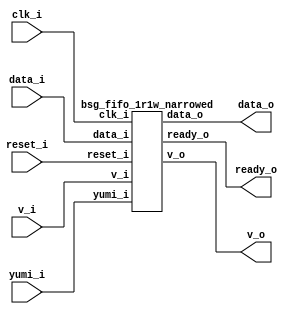
// This program was cloned from: https://github.com/chipsalliance/synlig
// License: Apache License 2.0



module top
(
  clk_i,
  reset_i,
  data_i,
  v_i,
  ready_o,
  v_o,
  data_o,
  yumi_i
);

  input [15:0] data_i;
  output [15:0] data_o;
  input clk_i;
  input reset_i;
  input v_i;
  input yumi_i;
  output ready_o;
  output v_o;

  bsg_fifo_1r1w_narrowed
  wrapper
  (
    .data_i(data_i),
    .data_o(data_o),
    .clk_i(clk_i),
    .reset_i(reset_i),
    .v_i(v_i),
    .yumi_i(yumi_i),
    .ready_o(ready_o),
    .v_o(v_o)
  );


endmodule



module bsg_circular_ptr_slots_p5_max_add_p1
(
  clk,
  reset_i,
  add_i,
  o,
  n_o
);

  input [0:0] add_i;
  output [2:0] o;
  output [2:0] n_o;
  input clk;
  input reset_i;
  wire [2:0] o,n_o,ptr_nowrap;
  wire N0,N1,N2,N3,N4,N5,N6;
  wire [3:0] ptr_wrap;
  reg o_2_sv2v_reg,o_1_sv2v_reg,o_0_sv2v_reg;
  assign o[2] = o_2_sv2v_reg;
  assign o[1] = o_1_sv2v_reg;
  assign o[0] = o_0_sv2v_reg;
  assign ptr_nowrap = o + add_i[0];
  assign { N5, N4, N3, N2 } = o - { 1'b1, 1'b0, 1'b1 };
  assign ptr_wrap = { N5, N4, N3, N2 } + add_i[0];
  assign n_o = (N0)? ptr_wrap[2:0] : 
               (N1)? ptr_nowrap : 1'b0;
  assign N0 = N6;
  assign N1 = ptr_wrap[3];
  assign N6 = ~ptr_wrap[3];

  always @(posedge clk) begin
    if(reset_i) begin
      o_2_sv2v_reg <= 1'b0;
      o_1_sv2v_reg <= 1'b0;
      o_0_sv2v_reg <= 1'b0;
    end else if(1'b1) begin
      o_2_sv2v_reg <= n_o[2];
      o_1_sv2v_reg <= n_o[1];
      o_0_sv2v_reg <= n_o[0];
    end 
  end


endmodule



module bsg_fifo_tracker_els_p5
(
  clk_i,
  reset_i,
  enq_i,
  deq_i,
  wptr_r_o,
  rptr_r_o,
  rptr_n_o,
  full_o,
  empty_o
);

  output [2:0] wptr_r_o;
  output [2:0] rptr_r_o;
  output [2:0] rptr_n_o;
  input clk_i;
  input reset_i;
  input enq_i;
  input deq_i;
  output full_o;
  output empty_o;
  wire [2:0] wptr_r_o,rptr_r_o,rptr_n_o;
  wire full_o,empty_o,enq_r,deq_r,N0,equal_ptrs,sv2v_dc_1,sv2v_dc_2,sv2v_dc_3;
  reg deq_r_sv2v_reg,enq_r_sv2v_reg;
  assign deq_r = deq_r_sv2v_reg;
  assign enq_r = enq_r_sv2v_reg;

  bsg_circular_ptr_slots_p5_max_add_p1
  rptr
  (
    .clk(clk_i),
    .reset_i(reset_i),
    .add_i(deq_i),
    .o(rptr_r_o),
    .n_o(rptr_n_o)
  );


  bsg_circular_ptr_slots_p5_max_add_p1
  wptr
  (
    .clk(clk_i),
    .reset_i(reset_i),
    .add_i(enq_i),
    .o(wptr_r_o),
    .n_o({ sv2v_dc_1, sv2v_dc_2, sv2v_dc_3 })
  );

  assign equal_ptrs = rptr_r_o == wptr_r_o;
  assign N0 = enq_i | deq_i;
  assign empty_o = equal_ptrs & deq_r;
  assign full_o = equal_ptrs & enq_r;

  always @(posedge clk_i) begin
    if(reset_i) begin
      deq_r_sv2v_reg <= 1'b1;
      enq_r_sv2v_reg <= 1'b0;
    end else if(N0) begin
      deq_r_sv2v_reg <= deq_i;
      enq_r_sv2v_reg <= enq_i;
    end 
  end


endmodule



module bsg_mem_1r1w_synth_width_p16_els_p5_read_write_same_addr_p0
(
  w_clk_i,
  w_reset_i,
  w_v_i,
  w_addr_i,
  w_data_i,
  r_v_i,
  r_addr_i,
  r_data_o
);

  input [2:0] w_addr_i;
  input [15:0] w_data_i;
  input [2:0] r_addr_i;
  output [15:0] r_data_o;
  input w_clk_i;
  input w_reset_i;
  input w_v_i;
  input r_v_i;
  wire [15:0] r_data_o;
  wire N0,N1,N2,N3,N4,N5,N6,N7,N8,N9,N10,N11,N12,N13,N14,N15,N16,N17,N18,N19,N20,N21,
  N22,N23,N24,N25,N26,N27,N28,N29,N30,N31,N32,N33,N34,N35,N36,N37,N38;
  wire [79:0] \nz.mem ;
  reg \nz.mem_79_sv2v_reg ,\nz.mem_78_sv2v_reg ,\nz.mem_77_sv2v_reg ,
  \nz.mem_76_sv2v_reg ,\nz.mem_75_sv2v_reg ,\nz.mem_74_sv2v_reg ,\nz.mem_73_sv2v_reg ,
  \nz.mem_72_sv2v_reg ,\nz.mem_71_sv2v_reg ,\nz.mem_70_sv2v_reg ,\nz.mem_69_sv2v_reg ,
  \nz.mem_68_sv2v_reg ,\nz.mem_67_sv2v_reg ,\nz.mem_66_sv2v_reg ,\nz.mem_65_sv2v_reg ,
  \nz.mem_64_sv2v_reg ,\nz.mem_63_sv2v_reg ,\nz.mem_62_sv2v_reg ,\nz.mem_61_sv2v_reg ,
  \nz.mem_60_sv2v_reg ,\nz.mem_59_sv2v_reg ,\nz.mem_58_sv2v_reg ,
  \nz.mem_57_sv2v_reg ,\nz.mem_56_sv2v_reg ,\nz.mem_55_sv2v_reg ,\nz.mem_54_sv2v_reg ,
  \nz.mem_53_sv2v_reg ,\nz.mem_52_sv2v_reg ,\nz.mem_51_sv2v_reg ,\nz.mem_50_sv2v_reg ,
  \nz.mem_49_sv2v_reg ,\nz.mem_48_sv2v_reg ,\nz.mem_47_sv2v_reg ,\nz.mem_46_sv2v_reg ,
  \nz.mem_45_sv2v_reg ,\nz.mem_44_sv2v_reg ,\nz.mem_43_sv2v_reg ,\nz.mem_42_sv2v_reg ,
  \nz.mem_41_sv2v_reg ,\nz.mem_40_sv2v_reg ,\nz.mem_39_sv2v_reg ,
  \nz.mem_38_sv2v_reg ,\nz.mem_37_sv2v_reg ,\nz.mem_36_sv2v_reg ,\nz.mem_35_sv2v_reg ,
  \nz.mem_34_sv2v_reg ,\nz.mem_33_sv2v_reg ,\nz.mem_32_sv2v_reg ,\nz.mem_31_sv2v_reg ,
  \nz.mem_30_sv2v_reg ,\nz.mem_29_sv2v_reg ,\nz.mem_28_sv2v_reg ,\nz.mem_27_sv2v_reg ,
  \nz.mem_26_sv2v_reg ,\nz.mem_25_sv2v_reg ,\nz.mem_24_sv2v_reg ,\nz.mem_23_sv2v_reg ,
  \nz.mem_22_sv2v_reg ,\nz.mem_21_sv2v_reg ,\nz.mem_20_sv2v_reg ,
  \nz.mem_19_sv2v_reg ,\nz.mem_18_sv2v_reg ,\nz.mem_17_sv2v_reg ,\nz.mem_16_sv2v_reg ,
  \nz.mem_15_sv2v_reg ,\nz.mem_14_sv2v_reg ,\nz.mem_13_sv2v_reg ,\nz.mem_12_sv2v_reg ,
  \nz.mem_11_sv2v_reg ,\nz.mem_10_sv2v_reg ,\nz.mem_9_sv2v_reg ,\nz.mem_8_sv2v_reg ,
  \nz.mem_7_sv2v_reg ,\nz.mem_6_sv2v_reg ,\nz.mem_5_sv2v_reg ,\nz.mem_4_sv2v_reg ,
  \nz.mem_3_sv2v_reg ,\nz.mem_2_sv2v_reg ,\nz.mem_1_sv2v_reg ,\nz.mem_0_sv2v_reg ;
  assign \nz.mem [79] = \nz.mem_79_sv2v_reg ;
  assign \nz.mem [78] = \nz.mem_78_sv2v_reg ;
  assign \nz.mem [77] = \nz.mem_77_sv2v_reg ;
  assign \nz.mem [76] = \nz.mem_76_sv2v_reg ;
  assign \nz.mem [75] = \nz.mem_75_sv2v_reg ;
  assign \nz.mem [74] = \nz.mem_74_sv2v_reg ;
  assign \nz.mem [73] = \nz.mem_73_sv2v_reg ;
  assign \nz.mem [72] = \nz.mem_72_sv2v_reg ;
  assign \nz.mem [71] = \nz.mem_71_sv2v_reg ;
  assign \nz.mem [70] = \nz.mem_70_sv2v_reg ;
  assign \nz.mem [69] = \nz.mem_69_sv2v_reg ;
  assign \nz.mem [68] = \nz.mem_68_sv2v_reg ;
  assign \nz.mem [67] = \nz.mem_67_sv2v_reg ;
  assign \nz.mem [66] = \nz.mem_66_sv2v_reg ;
  assign \nz.mem [65] = \nz.mem_65_sv2v_reg ;
  assign \nz.mem [64] = \nz.mem_64_sv2v_reg ;
  assign \nz.mem [63] = \nz.mem_63_sv2v_reg ;
  assign \nz.mem [62] = \nz.mem_62_sv2v_reg ;
  assign \nz.mem [61] = \nz.mem_61_sv2v_reg ;
  assign \nz.mem [60] = \nz.mem_60_sv2v_reg ;
  assign \nz.mem [59] = \nz.mem_59_sv2v_reg ;
  assign \nz.mem [58] = \nz.mem_58_sv2v_reg ;
  assign \nz.mem [57] = \nz.mem_57_sv2v_reg ;
  assign \nz.mem [56] = \nz.mem_56_sv2v_reg ;
  assign \nz.mem [55] = \nz.mem_55_sv2v_reg ;
  assign \nz.mem [54] = \nz.mem_54_sv2v_reg ;
  assign \nz.mem [53] = \nz.mem_53_sv2v_reg ;
  assign \nz.mem [52] = \nz.mem_52_sv2v_reg ;
  assign \nz.mem [51] = \nz.mem_51_sv2v_reg ;
  assign \nz.mem [50] = \nz.mem_50_sv2v_reg ;
  assign \nz.mem [49] = \nz.mem_49_sv2v_reg ;
  assign \nz.mem [48] = \nz.mem_48_sv2v_reg ;
  assign \nz.mem [47] = \nz.mem_47_sv2v_reg ;
  assign \nz.mem [46] = \nz.mem_46_sv2v_reg ;
  assign \nz.mem [45] = \nz.mem_45_sv2v_reg ;
  assign \nz.mem [44] = \nz.mem_44_sv2v_reg ;
  assign \nz.mem [43] = \nz.mem_43_sv2v_reg ;
  assign \nz.mem [42] = \nz.mem_42_sv2v_reg ;
  assign \nz.mem [41] = \nz.mem_41_sv2v_reg ;
  assign \nz.mem [40] = \nz.mem_40_sv2v_reg ;
  assign \nz.mem [39] = \nz.mem_39_sv2v_reg ;
  assign \nz.mem [38] = \nz.mem_38_sv2v_reg ;
  assign \nz.mem [37] = \nz.mem_37_sv2v_reg ;
  assign \nz.mem [36] = \nz.mem_36_sv2v_reg ;
  assign \nz.mem [35] = \nz.mem_35_sv2v_reg ;
  assign \nz.mem [34] = \nz.mem_34_sv2v_reg ;
  assign \nz.mem [33] = \nz.mem_33_sv2v_reg ;
  assign \nz.mem [32] = \nz.mem_32_sv2v_reg ;
  assign \nz.mem [31] = \nz.mem_31_sv2v_reg ;
  assign \nz.mem [30] = \nz.mem_30_sv2v_reg ;
  assign \nz.mem [29] = \nz.mem_29_sv2v_reg ;
  assign \nz.mem [28] = \nz.mem_28_sv2v_reg ;
  assign \nz.mem [27] = \nz.mem_27_sv2v_reg ;
  assign \nz.mem [26] = \nz.mem_26_sv2v_reg ;
  assign \nz.mem [25] = \nz.mem_25_sv2v_reg ;
  assign \nz.mem [24] = \nz.mem_24_sv2v_reg ;
  assign \nz.mem [23] = \nz.mem_23_sv2v_reg ;
  assign \nz.mem [22] = \nz.mem_22_sv2v_reg ;
  assign \nz.mem [21] = \nz.mem_21_sv2v_reg ;
  assign \nz.mem [20] = \nz.mem_20_sv2v_reg ;
  assign \nz.mem [19] = \nz.mem_19_sv2v_reg ;
  assign \nz.mem [18] = \nz.mem_18_sv2v_reg ;
  assign \nz.mem [17] = \nz.mem_17_sv2v_reg ;
  assign \nz.mem [16] = \nz.mem_16_sv2v_reg ;
  assign \nz.mem [15] = \nz.mem_15_sv2v_reg ;
  assign \nz.mem [14] = \nz.mem_14_sv2v_reg ;
  assign \nz.mem [13] = \nz.mem_13_sv2v_reg ;
  assign \nz.mem [12] = \nz.mem_12_sv2v_reg ;
  assign \nz.mem [11] = \nz.mem_11_sv2v_reg ;
  assign \nz.mem [10] = \nz.mem_10_sv2v_reg ;
  assign \nz.mem [9] = \nz.mem_9_sv2v_reg ;
  assign \nz.mem [8] = \nz.mem_8_sv2v_reg ;
  assign \nz.mem [7] = \nz.mem_7_sv2v_reg ;
  assign \nz.mem [6] = \nz.mem_6_sv2v_reg ;
  assign \nz.mem [5] = \nz.mem_5_sv2v_reg ;
  assign \nz.mem [4] = \nz.mem_4_sv2v_reg ;
  assign \nz.mem [3] = \nz.mem_3_sv2v_reg ;
  assign \nz.mem [2] = \nz.mem_2_sv2v_reg ;
  assign \nz.mem [1] = \nz.mem_1_sv2v_reg ;
  assign \nz.mem [0] = \nz.mem_0_sv2v_reg ;
  assign N35 = N0 & N1;
  assign N0 = ~w_addr_i[0];
  assign N1 = ~w_addr_i[1];
  assign N29 = N35 & w_addr_i[2];
  assign N36 = w_addr_i[0] & w_addr_i[1];
  assign N28 = N36 & N2;
  assign N2 = ~w_addr_i[2];
  assign N37 = N3 & w_addr_i[1];
  assign N3 = ~w_addr_i[0];
  assign N27 = N37 & N4;
  assign N4 = ~w_addr_i[2];
  assign N38 = w_addr_i[0] & N5;
  assign N5 = ~w_addr_i[1];
  assign N26 = N38 & N6;
  assign N6 = ~w_addr_i[2];
  assign N25 = N35 & N7;
  assign N7 = ~w_addr_i[2];
  assign N20 = N8 & N9 & N10;
  assign N8 = ~r_addr_i[2];
  assign N9 = ~r_addr_i[0];
  assign N10 = ~r_addr_i[1];
  assign N21 = r_addr_i[0] & N11;
  assign N11 = ~r_addr_i[1];
  assign N22 = N12 & r_addr_i[1];
  assign N12 = ~r_addr_i[0];
  assign N23 = r_addr_i[0] & r_addr_i[1];
  assign { N34, N33, N32, N31, N30 } = (N13)? { N29, N28, N27, N26, N25 } : 
                                       (N14)? { 1'b0, 1'b0, 1'b0, 1'b0, 1'b0 } : 1'b0;
  assign N13 = w_v_i;
  assign N14 = N24;
  assign r_data_o[15] = (N15)? \nz.mem [15] : 
                        (N16)? \nz.mem [31] : 
                        (N17)? \nz.mem [47] : 
                        (N18)? \nz.mem [63] : 
                        (N19)? \nz.mem [79] : 1'b0;
  assign N15 = N20;
  assign N16 = N21;
  assign N17 = N22;
  assign N18 = N23;
  assign N19 = r_addr_i[2];
  assign r_data_o[14] = (N15)? \nz.mem [14] : 
                        (N16)? \nz.mem [30] : 
                        (N17)? \nz.mem [46] : 
                        (N18)? \nz.mem [62] : 
                        (N19)? \nz.mem [78] : 1'b0;
  assign r_data_o[13] = (N15)? \nz.mem [13] : 
                        (N16)? \nz.mem [29] : 
                        (N17)? \nz.mem [45] : 
                        (N18)? \nz.mem [61] : 
                        (N19)? \nz.mem [77] : 1'b0;
  assign r_data_o[12] = (N15)? \nz.mem [12] : 
                        (N16)? \nz.mem [28] : 
                        (N17)? \nz.mem [44] : 
                        (N18)? \nz.mem [60] : 
                        (N19)? \nz.mem [76] : 1'b0;
  assign r_data_o[11] = (N15)? \nz.mem [11] : 
                        (N16)? \nz.mem [27] : 
                        (N17)? \nz.mem [43] : 
                        (N18)? \nz.mem [59] : 
                        (N19)? \nz.mem [75] : 1'b0;
  assign r_data_o[10] = (N15)? \nz.mem [10] : 
                        (N16)? \nz.mem [26] : 
                        (N17)? \nz.mem [42] : 
                        (N18)? \nz.mem [58] : 
                        (N19)? \nz.mem [74] : 1'b0;
  assign r_data_o[9] = (N15)? \nz.mem [9] : 
                       (N16)? \nz.mem [25] : 
                       (N17)? \nz.mem [41] : 
                       (N18)? \nz.mem [57] : 
                       (N19)? \nz.mem [73] : 1'b0;
  assign r_data_o[8] = (N15)? \nz.mem [8] : 
                       (N16)? \nz.mem [24] : 
                       (N17)? \nz.mem [40] : 
                       (N18)? \nz.mem [56] : 
                       (N19)? \nz.mem [72] : 1'b0;
  assign r_data_o[7] = (N15)? \nz.mem [7] : 
                       (N16)? \nz.mem [23] : 
                       (N17)? \nz.mem [39] : 
                       (N18)? \nz.mem [55] : 
                       (N19)? \nz.mem [71] : 1'b0;
  assign r_data_o[6] = (N15)? \nz.mem [6] : 
                       (N16)? \nz.mem [22] : 
                       (N17)? \nz.mem [38] : 
                       (N18)? \nz.mem [54] : 
                       (N19)? \nz.mem [70] : 1'b0;
  assign r_data_o[5] = (N15)? \nz.mem [5] : 
                       (N16)? \nz.mem [21] : 
                       (N17)? \nz.mem [37] : 
                       (N18)? \nz.mem [53] : 
                       (N19)? \nz.mem [69] : 1'b0;
  assign r_data_o[4] = (N15)? \nz.mem [4] : 
                       (N16)? \nz.mem [20] : 
                       (N17)? \nz.mem [36] : 
                       (N18)? \nz.mem [52] : 
                       (N19)? \nz.mem [68] : 1'b0;
  assign r_data_o[3] = (N15)? \nz.mem [3] : 
                       (N16)? \nz.mem [19] : 
                       (N17)? \nz.mem [35] : 
                       (N18)? \nz.mem [51] : 
                       (N19)? \nz.mem [67] : 1'b0;
  assign r_data_o[2] = (N15)? \nz.mem [2] : 
                       (N16)? \nz.mem [18] : 
                       (N17)? \nz.mem [34] : 
                       (N18)? \nz.mem [50] : 
                       (N19)? \nz.mem [66] : 1'b0;
  assign r_data_o[1] = (N15)? \nz.mem [1] : 
                       (N16)? \nz.mem [17] : 
                       (N17)? \nz.mem [33] : 
                       (N18)? \nz.mem [49] : 
                       (N19)? \nz.mem [65] : 1'b0;
  assign r_data_o[0] = (N15)? \nz.mem [0] : 
                       (N16)? \nz.mem [16] : 
                       (N17)? \nz.mem [32] : 
                       (N18)? \nz.mem [48] : 
                       (N19)? \nz.mem [64] : 1'b0;
  assign N24 = ~w_v_i;

  always @(posedge w_clk_i) begin
    if(N34) begin
      \nz.mem_79_sv2v_reg  <= w_data_i[15];
      \nz.mem_78_sv2v_reg  <= w_data_i[14];
      \nz.mem_77_sv2v_reg  <= w_data_i[13];
      \nz.mem_76_sv2v_reg  <= w_data_i[12];
      \nz.mem_75_sv2v_reg  <= w_data_i[11];
      \nz.mem_74_sv2v_reg  <= w_data_i[10];
      \nz.mem_73_sv2v_reg  <= w_data_i[9];
      \nz.mem_72_sv2v_reg  <= w_data_i[8];
      \nz.mem_71_sv2v_reg  <= w_data_i[7];
      \nz.mem_70_sv2v_reg  <= w_data_i[6];
      \nz.mem_69_sv2v_reg  <= w_data_i[5];
      \nz.mem_68_sv2v_reg  <= w_data_i[4];
      \nz.mem_67_sv2v_reg  <= w_data_i[3];
      \nz.mem_66_sv2v_reg  <= w_data_i[2];
      \nz.mem_65_sv2v_reg  <= w_data_i[1];
      \nz.mem_64_sv2v_reg  <= w_data_i[0];
    end 
    if(N33) begin
      \nz.mem_63_sv2v_reg  <= w_data_i[15];
      \nz.mem_62_sv2v_reg  <= w_data_i[14];
      \nz.mem_61_sv2v_reg  <= w_data_i[13];
      \nz.mem_60_sv2v_reg  <= w_data_i[12];
      \nz.mem_59_sv2v_reg  <= w_data_i[11];
      \nz.mem_58_sv2v_reg  <= w_data_i[10];
      \nz.mem_57_sv2v_reg  <= w_data_i[9];
      \nz.mem_56_sv2v_reg  <= w_data_i[8];
      \nz.mem_55_sv2v_reg  <= w_data_i[7];
      \nz.mem_54_sv2v_reg  <= w_data_i[6];
      \nz.mem_53_sv2v_reg  <= w_data_i[5];
      \nz.mem_52_sv2v_reg  <= w_data_i[4];
      \nz.mem_51_sv2v_reg  <= w_data_i[3];
      \nz.mem_50_sv2v_reg  <= w_data_i[2];
      \nz.mem_49_sv2v_reg  <= w_data_i[1];
      \nz.mem_48_sv2v_reg  <= w_data_i[0];
    end 
    if(N32) begin
      \nz.mem_47_sv2v_reg  <= w_data_i[15];
      \nz.mem_46_sv2v_reg  <= w_data_i[14];
      \nz.mem_45_sv2v_reg  <= w_data_i[13];
      \nz.mem_44_sv2v_reg  <= w_data_i[12];
      \nz.mem_43_sv2v_reg  <= w_data_i[11];
      \nz.mem_42_sv2v_reg  <= w_data_i[10];
      \nz.mem_41_sv2v_reg  <= w_data_i[9];
      \nz.mem_40_sv2v_reg  <= w_data_i[8];
      \nz.mem_39_sv2v_reg  <= w_data_i[7];
      \nz.mem_38_sv2v_reg  <= w_data_i[6];
      \nz.mem_37_sv2v_reg  <= w_data_i[5];
      \nz.mem_36_sv2v_reg  <= w_data_i[4];
      \nz.mem_35_sv2v_reg  <= w_data_i[3];
      \nz.mem_34_sv2v_reg  <= w_data_i[2];
      \nz.mem_33_sv2v_reg  <= w_data_i[1];
      \nz.mem_32_sv2v_reg  <= w_data_i[0];
    end 
    if(N31) begin
      \nz.mem_31_sv2v_reg  <= w_data_i[15];
      \nz.mem_30_sv2v_reg  <= w_data_i[14];
      \nz.mem_29_sv2v_reg  <= w_data_i[13];
      \nz.mem_28_sv2v_reg  <= w_data_i[12];
      \nz.mem_27_sv2v_reg  <= w_data_i[11];
      \nz.mem_26_sv2v_reg  <= w_data_i[10];
      \nz.mem_25_sv2v_reg  <= w_data_i[9];
      \nz.mem_24_sv2v_reg  <= w_data_i[8];
      \nz.mem_23_sv2v_reg  <= w_data_i[7];
      \nz.mem_22_sv2v_reg  <= w_data_i[6];
      \nz.mem_21_sv2v_reg  <= w_data_i[5];
      \nz.mem_20_sv2v_reg  <= w_data_i[4];
      \nz.mem_19_sv2v_reg  <= w_data_i[3];
      \nz.mem_18_sv2v_reg  <= w_data_i[2];
      \nz.mem_17_sv2v_reg  <= w_data_i[1];
      \nz.mem_16_sv2v_reg  <= w_data_i[0];
    end 
    if(N30) begin
      \nz.mem_15_sv2v_reg  <= w_data_i[15];
      \nz.mem_14_sv2v_reg  <= w_data_i[14];
      \nz.mem_13_sv2v_reg  <= w_data_i[13];
      \nz.mem_12_sv2v_reg  <= w_data_i[12];
      \nz.mem_11_sv2v_reg  <= w_data_i[11];
      \nz.mem_10_sv2v_reg  <= w_data_i[10];
      \nz.mem_9_sv2v_reg  <= w_data_i[9];
      \nz.mem_8_sv2v_reg  <= w_data_i[8];
      \nz.mem_7_sv2v_reg  <= w_data_i[7];
      \nz.mem_6_sv2v_reg  <= w_data_i[6];
      \nz.mem_5_sv2v_reg  <= w_data_i[5];
      \nz.mem_4_sv2v_reg  <= w_data_i[4];
      \nz.mem_3_sv2v_reg  <= w_data_i[3];
      \nz.mem_2_sv2v_reg  <= w_data_i[2];
      \nz.mem_1_sv2v_reg  <= w_data_i[1];
      \nz.mem_0_sv2v_reg  <= w_data_i[0];
    end 
  end


endmodule



module bsg_mem_1r1w_width_p16_els_p5_read_write_same_addr_p0
(
  w_clk_i,
  w_reset_i,
  w_v_i,
  w_addr_i,
  w_data_i,
  r_v_i,
  r_addr_i,
  r_data_o
);

  input [2:0] w_addr_i;
  input [15:0] w_data_i;
  input [2:0] r_addr_i;
  output [15:0] r_data_o;
  input w_clk_i;
  input w_reset_i;
  input w_v_i;
  input r_v_i;
  wire [15:0] r_data_o;

  bsg_mem_1r1w_synth_width_p16_els_p5_read_write_same_addr_p0
  synth
  (
    .w_clk_i(w_clk_i),
    .w_reset_i(w_reset_i),
    .w_v_i(w_v_i),
    .w_addr_i(w_addr_i),
    .w_data_i(w_data_i),
    .r_v_i(r_v_i),
    .r_addr_i(r_addr_i),
    .r_data_o(r_data_o)
  );


endmodule



module bsg_fifo_1r1w_small_unhardened_width_p16_els_p5_ready_THEN_valid_p0
(
  clk_i,
  reset_i,
  v_i,
  ready_o,
  data_i,
  v_o,
  data_o,
  yumi_i
);

  input [15:0] data_i;
  output [15:0] data_o;
  input clk_i;
  input reset_i;
  input v_i;
  input yumi_i;
  output ready_o;
  output v_o;
  wire [15:0] data_o;
  wire ready_o,v_o,enque,full,empty,sv2v_dc_1,sv2v_dc_2,sv2v_dc_3;
  wire [2:0] wptr_r,rptr_r;

  bsg_fifo_tracker_els_p5
  ft
  (
    .clk_i(clk_i),
    .reset_i(reset_i),
    .enq_i(enque),
    .deq_i(yumi_i),
    .wptr_r_o(wptr_r),
    .rptr_r_o(rptr_r),
    .rptr_n_o({ sv2v_dc_1, sv2v_dc_2, sv2v_dc_3 }),
    .full_o(full),
    .empty_o(empty)
  );


  bsg_mem_1r1w_width_p16_els_p5_read_write_same_addr_p0
  mem_1r1w
  (
    .w_clk_i(clk_i),
    .w_reset_i(reset_i),
    .w_v_i(enque),
    .w_addr_i(wptr_r),
    .w_data_i(data_i),
    .r_v_i(v_o),
    .r_addr_i(rptr_r),
    .r_data_o(data_o)
  );

  assign enque = v_i & ready_o;
  assign ready_o = ~full;
  assign v_o = ~empty;

endmodule



module bsg_fifo_1r1w_small_width_p16_els_p5_ready_THEN_valid_p0
(
  clk_i,
  reset_i,
  v_i,
  ready_o,
  data_i,
  v_o,
  data_o,
  yumi_i
);

  input [15:0] data_i;
  output [15:0] data_o;
  input clk_i;
  input reset_i;
  input v_i;
  input yumi_i;
  output ready_o;
  output v_o;
  wire [15:0] data_o;
  wire ready_o,v_o;

  bsg_fifo_1r1w_small_unhardened_width_p16_els_p5_ready_THEN_valid_p0
  \unhardened.un.fifo 
  (
    .clk_i(clk_i),
    .reset_i(reset_i),
    .v_i(v_i),
    .ready_o(ready_o),
    .data_i(data_i),
    .v_o(v_o),
    .data_o(data_o),
    .yumi_i(yumi_i)
  );


endmodule



module bsg_channel_narrow_width_in_p16_width_out_p16_lsb_to_msb_p1
(
  clk_i,
  reset_i,
  data_i,
  deque_o,
  data_o,
  deque_i
);

  input [15:0] data_i;
  output [15:0] data_o;
  input clk_i;
  input reset_i;
  input deque_i;
  output deque_o;
  wire [15:0] data_o;
  wire deque_o;
  assign deque_o = deque_i;
  assign data_o[15] = data_i[15];
  assign data_o[14] = data_i[14];
  assign data_o[13] = data_i[13];
  assign data_o[12] = data_i[12];
  assign data_o[11] = data_i[11];
  assign data_o[10] = data_i[10];
  assign data_o[9] = data_i[9];
  assign data_o[8] = data_i[8];
  assign data_o[7] = data_i[7];
  assign data_o[6] = data_i[6];
  assign data_o[5] = data_i[5];
  assign data_o[4] = data_i[4];
  assign data_o[3] = data_i[3];
  assign data_o[2] = data_i[2];
  assign data_o[1] = data_i[1];
  assign data_o[0] = data_i[0];

endmodule



module bsg_fifo_1r1w_narrowed
(
  clk_i,
  reset_i,
  data_i,
  v_i,
  ready_o,
  v_o,
  data_o,
  yumi_i
);

  input [15:0] data_i;
  output [15:0] data_o;
  input clk_i;
  input reset_i;
  input v_i;
  input yumi_i;
  output ready_o;
  output v_o;
  wire [15:0] data_o,data;
  wire ready_o,v_o,yumi;

  bsg_fifo_1r1w_small_width_p16_els_p5_ready_THEN_valid_p0
  main_fifo
  (
    .clk_i(clk_i),
    .reset_i(reset_i),
    .v_i(v_i),
    .ready_o(ready_o),
    .data_i(data_i),
    .v_o(v_o),
    .data_o(data),
    .yumi_i(yumi)
  );


  bsg_channel_narrow_width_in_p16_width_out_p16_lsb_to_msb_p1
  output_narrower
  (
    .clk_i(clk_i),
    .reset_i(reset_i),
    .data_i(data),
    .deque_o(yumi),
    .data_o(data_o),
    .deque_i(yumi_i)
  );


endmodule